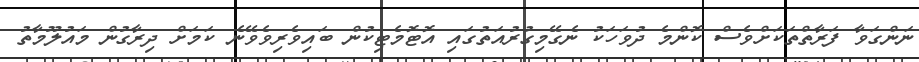
ނަންގަވާ ފަރާތްތަކަށްވެސް ކޮންމެ ދުވަހަކު ނެގޭމިގުރުއަތުގައި އޮޓޮމެޓިކުން ބައިވެރިވެވޭނެ ކަމަށް ދިރާގުން މައުލޫމާތު